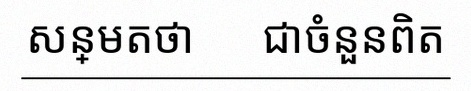
សន្មតថា x ជាចំនួនពិត